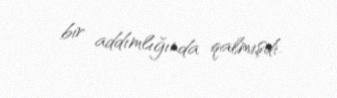
bir addımlığında qalmışdı.